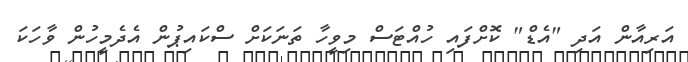
އަރިއާން އަދި "އެޑް" ކޮށްފައި ހުއްޓަސް މިވީހާ ތަނަކަށް ސްކައިޕުން އެދެމީހުން ވާހަކަ